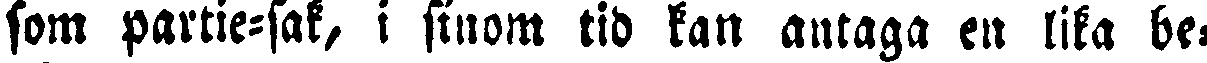
som partie-sak, i sinom tid kan antaga en lika be-